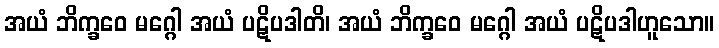
အယံ ဘိက္ခဝေ မဂ္ဂေါ အယံ ပဋိပဒါတိ၊ အယံ ဘိက္ခဝေ မဂ္ဂေါ အယံ ပဋိပဒါဟူသော။